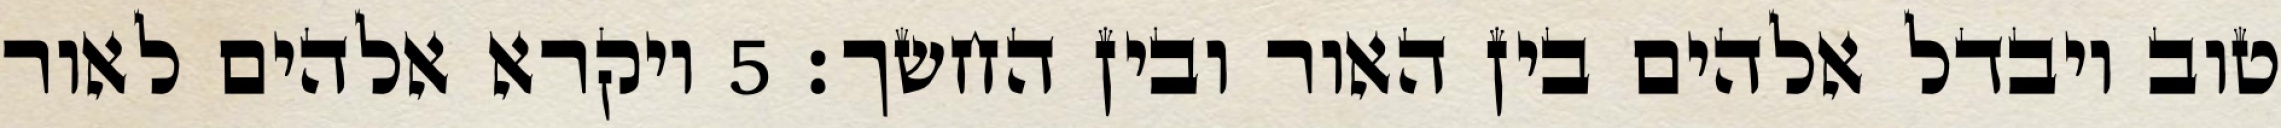
טוב ויבדל אלהים בין האור ובין החשך׃ ‎5‏ ויקרא אלהים לאור